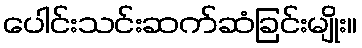
ပေါင်းသင်းဆက်ဆံခြင်းမျိုး။